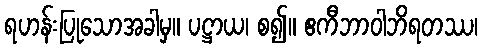
ရဟန်းပြုသောအခါမှ။ ပဋ္ဌာယ၊ စ၍။ ဧကီဘာဝါဘိရတဿ၊